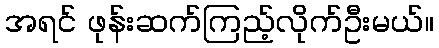
အရင် ဖုန်းဆက်ကြည့်လိုက်ဦးမယ်။